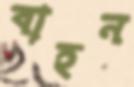
বাহন